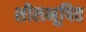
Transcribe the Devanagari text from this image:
शीलभूषित